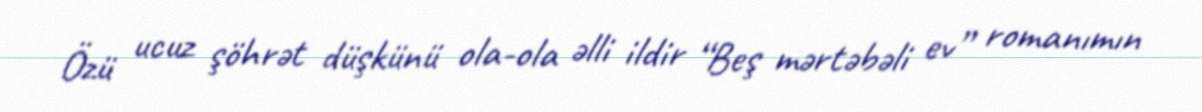
Özü ucuz şöhrət düşkünü ola-ola əlli ildir “Beş mərtəbəli ev” romanımın